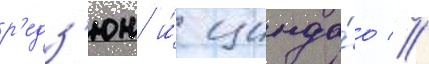
р'едз'юн и́ цинда́о //